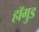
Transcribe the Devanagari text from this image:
हॉगुड